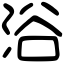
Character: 浴